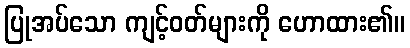
ပြုအပ်သော ကျင့်ဝတ်များကို ဟောထား၏။